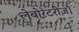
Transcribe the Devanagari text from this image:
लेबोरेटरीज़।